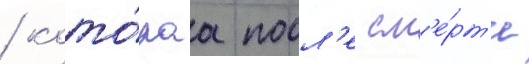
/ кото́раа посл'е см'е́рт'и